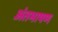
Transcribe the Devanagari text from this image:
अंतभाषण